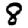
Digit: 8